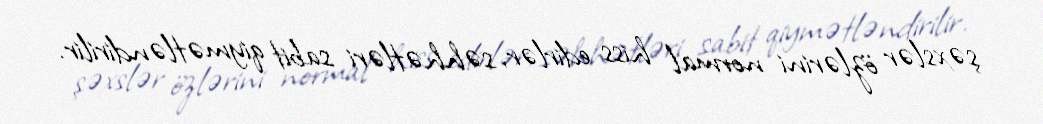
şəxslər özlərini normal hiss edirlər, səhhətləri sabit qiymətləndirilir.